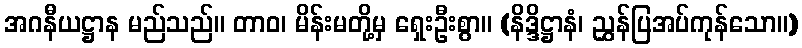
အဂနီယဋ္ဌာန မည်သည်။ တာဝ၊ မိန်းမတို့မှ ရှေးဦးစွာ။ (နိဒ္ဒိဋ္ဌာနံ၊ ညွှန်ပြအပ်ကုန်သော။)